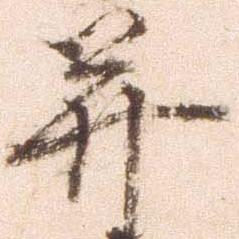
并